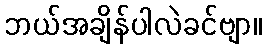
ဘယ်အချိန်ပါလဲခင်ဗျာ။